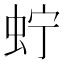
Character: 𧉞